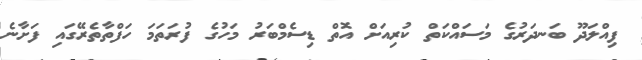
ފިއްލަދޫ ބަނދަރުގެ މަސައްކަތް ކުރިއަށް އޮތް ޑިސެމްބަރު މަހުގެ ފުރަތަމަ ހަފްތާތެރޭގައި ފަށާނެ